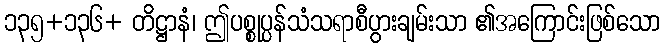
၁၃၅+၁၃၆+ တိဋ္ဌာနံ၊ ဤပစ္စုပ္ပန်သံသရာစီပွားချမ်းသာ ၏အကြောင်းဖြစ်သော